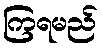
ကြရမည်